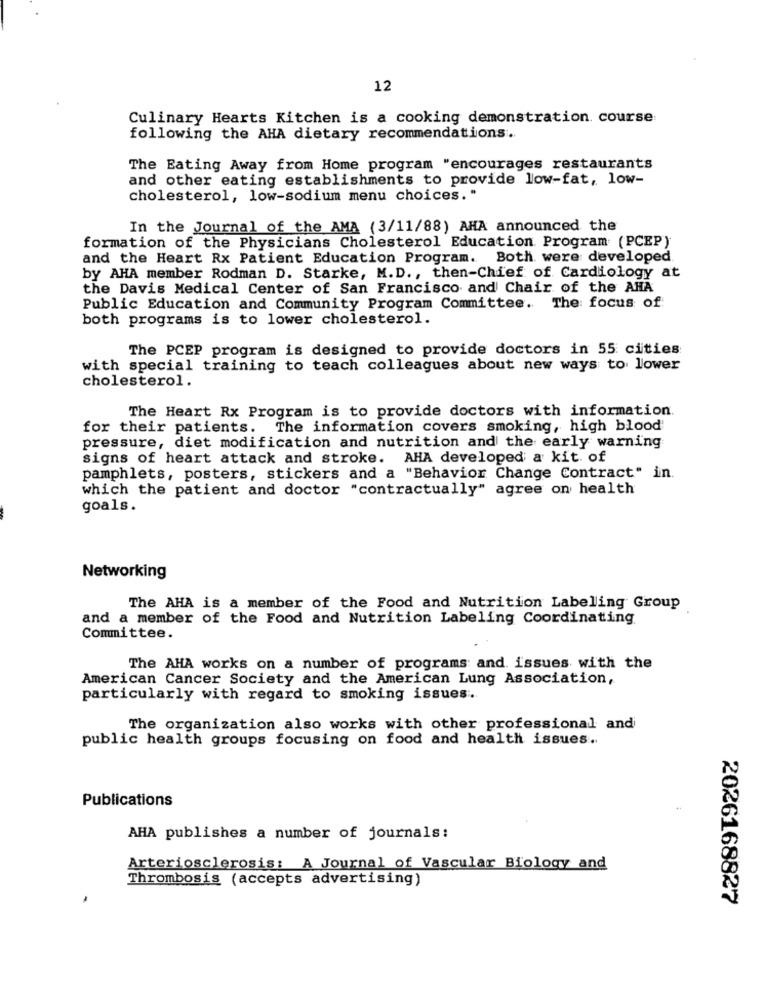
12
Culinary Hearts Kitchen is a cooking demonstration course
following the AHA dietary recommendations.
The Eating Away from Home program "encourages restaurants
and other eating establishments to provide low-fat, low-
cholesterol, low-sodium menu choices."
In the Journal of the AMA (3/11/88) AHA announced the
formation of the Physicians Cholesterol Education Program (PCEP)
and the Heart Rx Patient Education Program. Both were developed
by AHA member Rodman D. Starke, M.D ., then-Chief of Cardiology at
the Davis Medical Center of San Francisco and Chair of the AHA
Public Education and Community Program Committee. The focus of
both programs is to lower cholesterol.
The PCEP program is designed to provide doctors in 55 cities
with special training to teach colleagues about new ways to lower
cholesterol.
The Heart Rx Program is to provide doctors with information.
for their patients. The information covers smoking, high blood'
pressure, diet modification and nutrition and the early warning
signs of heart attack and stroke. AHA developed a kit. of
pamphlets, posters, stickers and a "Behavior Change Contract" in.
which the patient and doctor "contractually" agree on health
goals.
Networking
The AHA is a member of the Food and Nutrition Labeling Group
and a member of the Food and Nutrition Labeling Coordinating
Committee.
The AHA works on a number of programs and issues with the
American Cancer Society and the American Lung Association,
particularly with regard to smoking issues ..
The organization also works with other professional and
public health groups focusing on food and health issues ..
Publications
AHA publishes a number of journals:
Arteriosclerosis: A Journal of Vascular Biology and
Thrombosis (accepts advertising)
2026168827